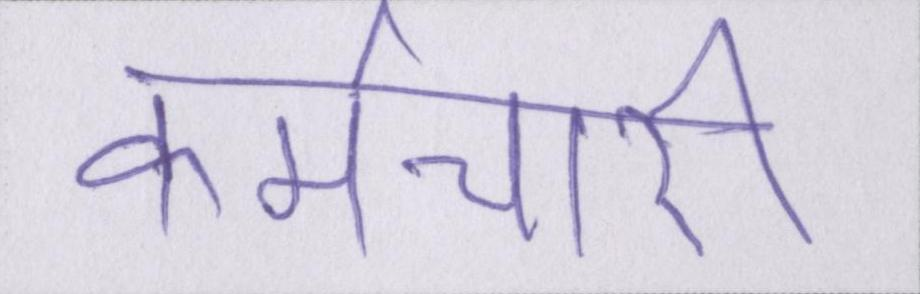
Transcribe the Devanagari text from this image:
कर्मचारी